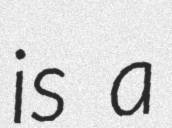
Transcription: is a